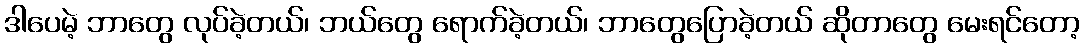
ဒါပေမဲ့ ဘာတွေ လုပ်ခဲ့တယ်၊ ဘယ်တွေ ရောက်ခဲ့တယ်၊ ဘာတွေပြောခဲ့တယ် ဆိုတာတွေ မေးရင်တော့